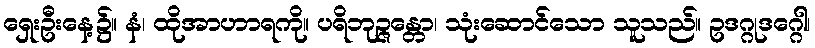
ရှေးဦးနေ့၌။ နံ၊ ထိုအာဟာရကို။ ပရိဘုဉ္ဇန္တော၊ သုံးဆောင်သော သူသည်။ ဥဒဂ္ဂုဒဂ္ဂေါ၊